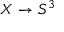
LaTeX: X \to S ^ { 3 }